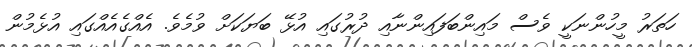
ހަތަރު މީހުންނަކީ ވެސް މައިންބަފައިންނާއި ދުރުގައި އުޅޭ ބަަޔަކަށް ވުމެވެ. އެއްގެއެއްގައި އުޅެމުން